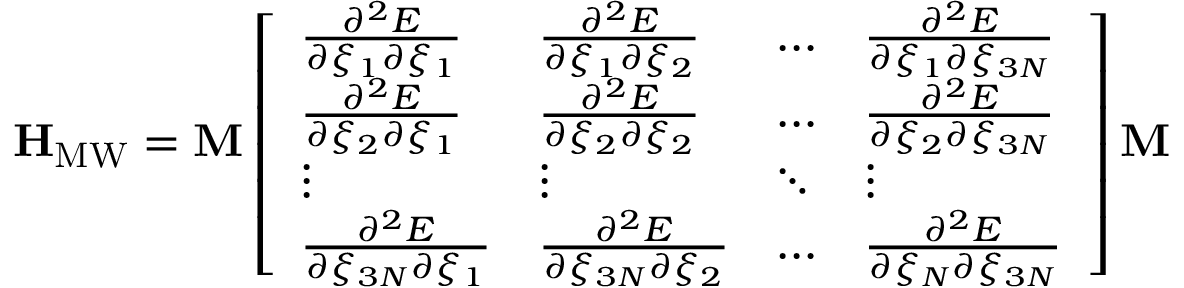
\mathbf { H } _ { \mathrm { M W } } = \mathbf { M } \left[ \begin{array} { l l l l } { \frac { \partial ^ { 2 } E } { \partial \xi _ { 1 } \partial \xi _ { 1 } } } & { \frac { \partial ^ { 2 } E } { \partial \xi _ { 1 } \partial \xi _ { 2 } } } & { \ldots } & { \frac { \partial ^ { 2 } E } { \partial \xi _ { 1 } \partial \xi _ { 3 N } } } \\ { \frac { \partial ^ { 2 } E } { \partial \xi _ { 2 } \partial \xi _ { 1 } } } & { \frac { \partial ^ { 2 } E } { \partial \xi _ { 2 } \partial \xi _ { 2 } } } & { \ldots } & { \frac { \partial ^ { 2 } E } { \partial \xi _ { 2 } \partial \xi _ { 3 N } } } \\ { \vdots } & { \vdots } & { \ddots } & { \vdots } \\ { \frac { \partial ^ { 2 } E } { \partial \xi _ { 3 N } \partial \xi _ { 1 } } } & { \frac { \partial ^ { 2 } E } { \partial \xi _ { 3 N } \partial \xi _ { 2 } } } & { \ldots } & { \frac { \partial ^ { 2 } E } { \partial \xi _ { N } \partial \xi _ { 3 N } } } \end{array} \right] \mathbf { M }